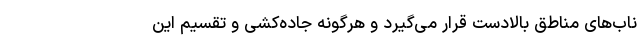
ناب‌های مناطق بالادست قرار می‌گیرد و هرگونه جاده‌کشی و تقسیم این